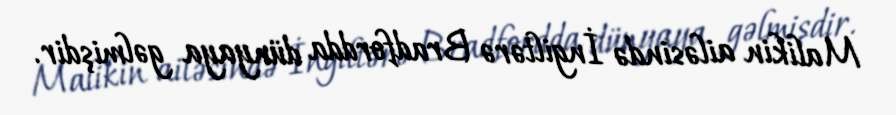
Malikin ailəsində İngiltərə Bradfordda dünyaya gəlmişdir.